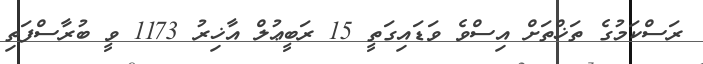
ރަސްކަމުގެ ތަޚްތަށް އިސްވެ ވަޑައިގަތީ 15 ރަބީޢުލް އާޚިރު 1173 ވީ ބުރާސްފަތި